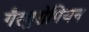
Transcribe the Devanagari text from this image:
गैरयुरोपियन